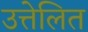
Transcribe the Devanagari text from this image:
उत्तेलित